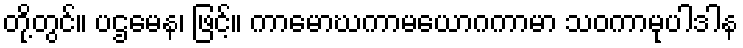
တို့တွင်။ ပဌမေန၊ ဖြင့်။ ကာမောဃကာမယောဂကာမာ သဝကာမုပါဒါန